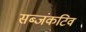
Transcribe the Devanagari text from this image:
सब्जंकटिव